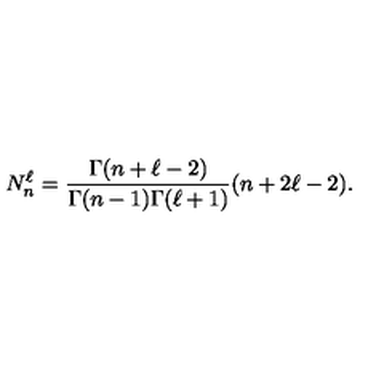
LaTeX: N _ { n } ^ { \ell } = \frac { \Gamma ( n + \ell - 2 ) } { \Gamma ( n - 1 ) \Gamma ( \ell + 1 ) } ( n + 2 \ell - 2 ) .